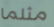
مثلما